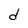
Character: d